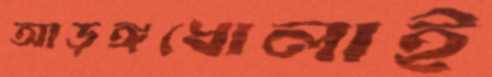
আড়ঙ্গধোলাই